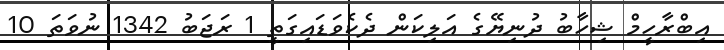
އިބްރާހީމް ޝިހާބު ދުނިޔޭގެ އަލިކަން ދެކެވަޑައިގަތީ 1 ރަޖަބު 1342 ނުވަތަ 10